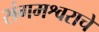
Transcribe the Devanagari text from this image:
संगमश्वराचे